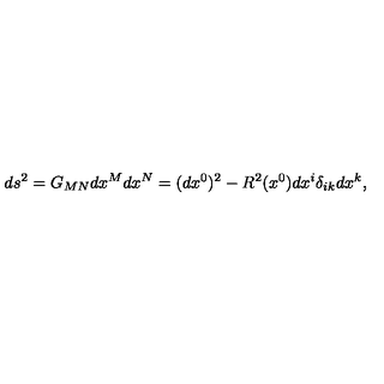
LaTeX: d s ^ { 2 } = G _ { M N } d x ^ { M } d x ^ { N } = ( d x ^ { 0 } ) ^ { 2 } - R ^ { 2 } ( x ^ { 0 } ) d x ^ { i } \delta _ { i k } d x ^ { k } ,